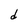
Character: d